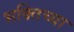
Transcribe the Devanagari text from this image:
भक्तिच्या